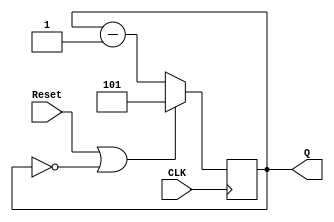
module mod6_counter (
    input wire CLK, Reset, 
      output reg [2:0] Q
);
    always @ (posedge CLK) begin
      if(Reset || Q == 3'b000)
              Q <= 3'b101;
        else
            Q <= Q - 1;
    end
endmodule